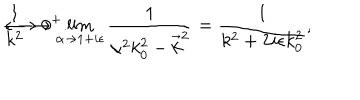
\frac { 1 } { k ^ { 2 } } \rightarrow \lim _ { \alpha \rightarrow 1 + i \epsilon } \frac { 1 } { \alpha ^ { 2 } k _ { 0 } ^ { 2 } - \vec { k } ^ { 2 } } = \frac { 1 } { k ^ { 2 } + 2 i \epsilon k _ { 0 } ^ { 2 } } , \hspace { . 5 c m } \epsilon \rightarrow 0 ^ { + } .